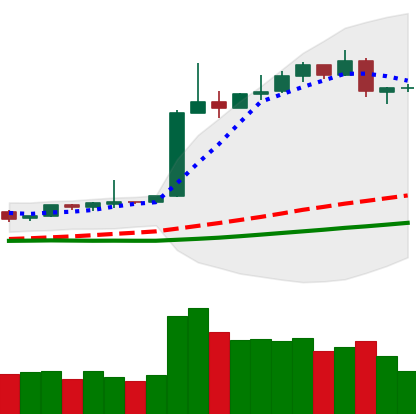
Ticker: BTC-USD
Chart end date: 2019-04-13
Forward return: 3.96%
Label: up_3_5